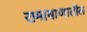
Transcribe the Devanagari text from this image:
रामायाणातील